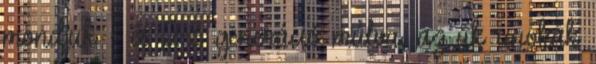
mondjuk - és 2-3 generáció múlva, az ük unokák